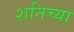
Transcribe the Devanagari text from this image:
शनिच्या